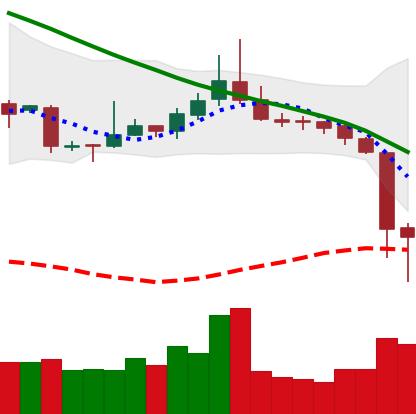
Ticker: TRX-USD
Chart end date: 2018-11-15
Forward return: -27.453%
Label: down_7plus